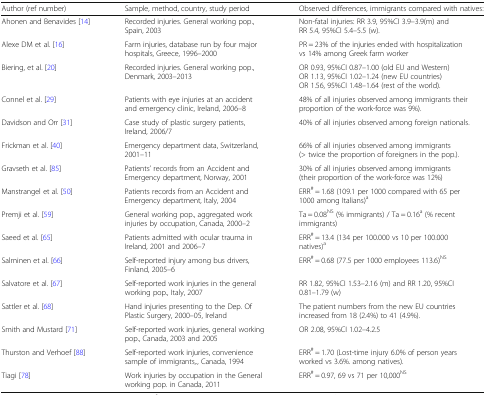
<table><thead><tr><td><b>Author (ref number)</b></td><td><b>Sample, method, country, study period</b></td><td><b>Observed differences, immigrants compared with natives:</b></td></tr></thead><tbody><tr><td>Ahonen and Benavides [14]</td><td>Recorded injuries. General working pop., Spain, 2003</td><td>Non-fatal injuries: RR 3.9, 95%CI 3.9–3.9(m) and RR 5.4, 95%CI 5.4–5.5 (w).</td></tr><tr><td>Alexe DM et al. [16]</td><td>Farm injuries, database run by four major hospitals, Greece, 1996–2000</td><td>PR = 23% of the injuries ended with hospitalization vs 14% among Greek farm worker</td></tr><tr><td>Biering, et al. [20]</td><td>Recorded injuries. General working pop., Denmark, 2003–2013</td><td>OR 0.93, 95%CI 0.87–1.00 (old EU and Western)OR 1.13, 95%CI 1.02–1.24 (new EU countries)OR 1.56, 95%CI 1.48–1.64 (rest of the world).</td></tr><tr><td>Connel et al. [29]</td><td>Patients with eye injuries at an accident and emergency clinic, Ireland, 2006–8</td><td>48% of all injuries observed among immigrants their proportion of the work-force was 9%).</td></tr><tr><td>Davidson and Orr [31]</td><td>Case study of plastic surgery patients, Ireland, 2006/7</td><td>40% of all injuries observed among foreign nationals.</td></tr><tr><td>Frickman et al. [40]</td><td>Emergency department data, Switzerland, 2001–11</td><td>66% of all injuries observed among immigrants (&gt; twice the proportion of foreigners in the pop.).</td></tr><tr><td>Gravseth et al. [85]</td><td>Patients’ records from an Accident and Emergency department, Norway, 2001</td><td>30% of all injuries observed among immigrants (their proportion of the work-force was 12%)</td></tr><tr><td>Manstrangel et al. [50]</td><td>Patients records from an Accident and Emergency department, Italy, 2004</td><td>ERR<sup>#</sup> = 1.68 (109.1 per 1000 compared with 65 per 1000 among Italians)<sup>a</sup></td></tr><tr><td>Premji et al. [59]</td><td>General working pop., aggregated work injuries by occupation, Canada, 2000–2</td><td>Ta = 0.08<sup>NS</sup> (% immigrants) / Ta = 0.16<sup>a</sup> (% recent immigrants)</td></tr><tr><td>Saeed et al. [65]</td><td>Patients admitted with ocular trauma in Ireland, 2001 and 2006–7</td><td>ERR<sup>#</sup> = 13.4 (134 per 100.000 vs 10 per 100.000 natives)<sup>a</sup></td></tr><tr><td>Salminen et al. [66]</td><td>Self-reported injury among bus drivers, Finland, 2005–6</td><td>ERR<sup>#</sup> = 0.68 (77.5 per 1000 employees 113.6)<sup>NS</sup></td></tr><tr><td>Salvatore et al. [67]</td><td>Self-reported work injuries in the general working pop., Italy, 2007</td><td>RR 1.82, 95%CI 1.53–2.16 (m) and RR 1.20, 95%CI 0.81–1.79 (w)</td></tr><tr><td>Sattler et al. [68]</td><td>Hand injuries presenting to the Dep. Of Plastic Surgery, 2000–05, Ireland</td><td>The patient numbers from the new EU countries increased from 18 (2.4%) to 41 (4.9%).</td></tr><tr><td>Smith and Mustard [71]</td><td>Self-reported work injuries, general working pop., Canada, 2003 and 2005</td><td>OR 2.08, 95%CI 1.02–4.2.5</td></tr><tr><td>Thurston and Verhoef [88]</td><td>Self-reported work injuries, convenience sample of immigrants,., Canada, 1994</td><td>ERR<sup>#</sup> = 1.70 (Lost-time injury 6.0% of person years worked vs 3.6%. among natives).</td></tr><tr><td>Tiagi [78]</td><td>Work injuries by occupation in the General working pop. in Canada, 2011</td><td>ERR<sup>#</sup> = 0.97, 69 vs 71 per 10,000<sup>NS</sup></td></tr></tbody></table>